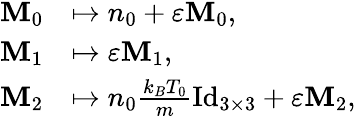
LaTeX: \begin{array}{rl}{\mathbf{M}_{0}}&{\mapsto n_{0}+\varepsilon\mathbf{M}_{0},}\\ {\mathbf{M}_{1}}&{\mapsto\varepsilon\mathbf{M}_{1},}\\ {\mathbf{M}_{2}}&{\mapsto n_{0}\frac{k_{B}T_{0}}{m}\mathrm{Id}_{3\times 3}+\varepsilon\mathbf{M}_{2},}\end{array}